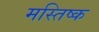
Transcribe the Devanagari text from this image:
मस्तिष्क